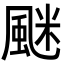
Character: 𩗐